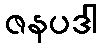
ဇနပဒါ